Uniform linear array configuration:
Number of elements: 16
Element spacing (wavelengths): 0.75
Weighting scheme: hamming
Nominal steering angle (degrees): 15
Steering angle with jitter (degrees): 14.238
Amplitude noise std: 0.05
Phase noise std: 0.05

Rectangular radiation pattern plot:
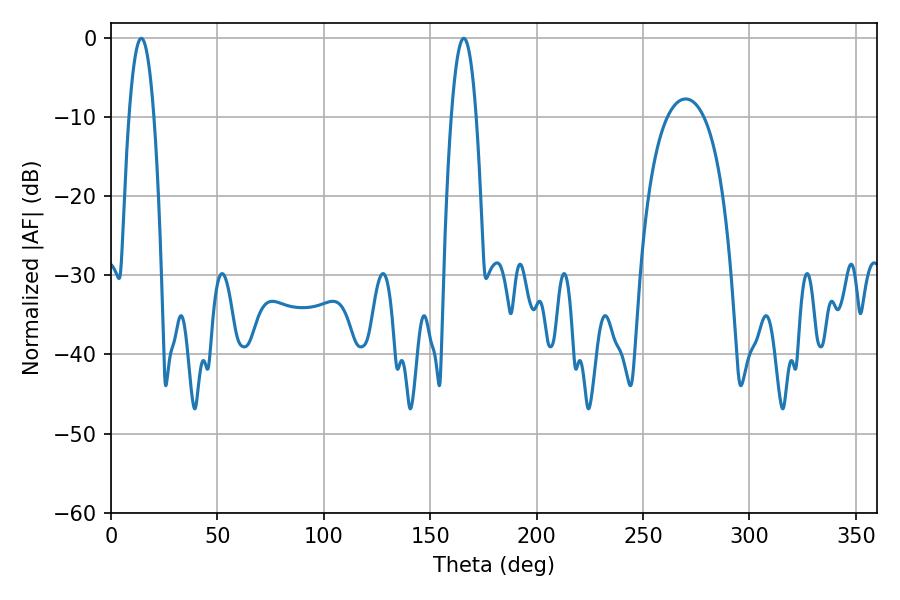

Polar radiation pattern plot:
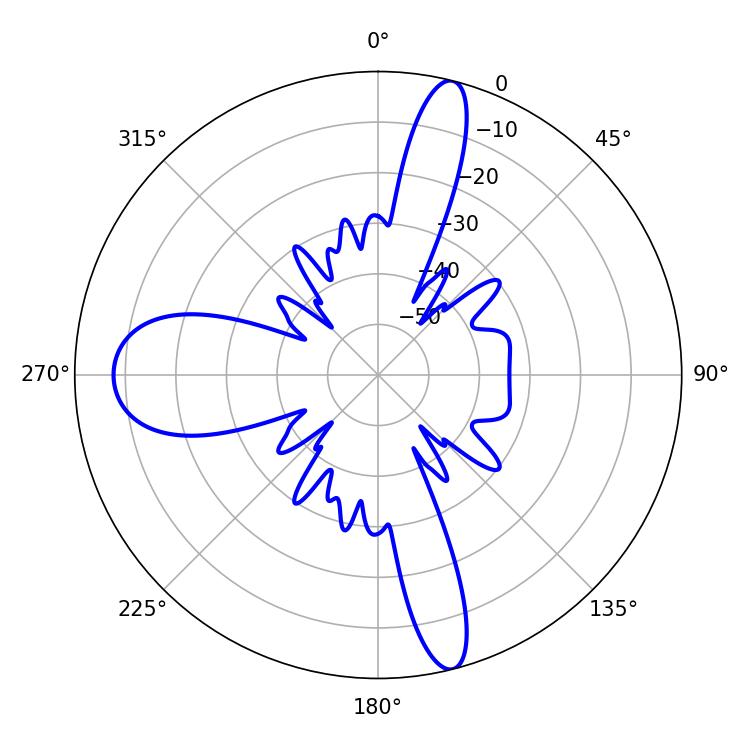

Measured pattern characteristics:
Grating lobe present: TRUE
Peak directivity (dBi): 31.285
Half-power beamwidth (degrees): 6.48
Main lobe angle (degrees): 14.22